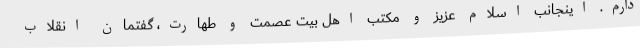
دارم. اینجانب اسلام عزیز و مکتب اهل بیت عصمت و طهارت، گفتمان انقلاب